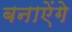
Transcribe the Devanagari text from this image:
बनाऐंगे